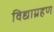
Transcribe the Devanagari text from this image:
विद्याग्रहण